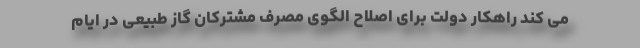
می کند راهکار دولت برای اصلاح الگوی مصرف مشترکان گاز طبیعی در ایام